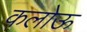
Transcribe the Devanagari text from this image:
कलोऊ